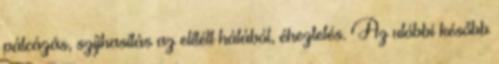
pálcázás, szíjhasítás az elítélt hátából, éheztetés. Az utóbbi később